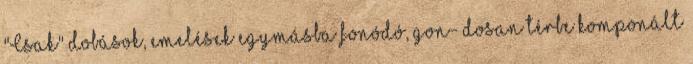
"Csak" dobások, emelések egymásba fonódó, gon- dosan térbe komponált